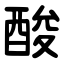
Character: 酸